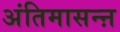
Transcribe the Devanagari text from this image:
अंतिमासन्ऩ